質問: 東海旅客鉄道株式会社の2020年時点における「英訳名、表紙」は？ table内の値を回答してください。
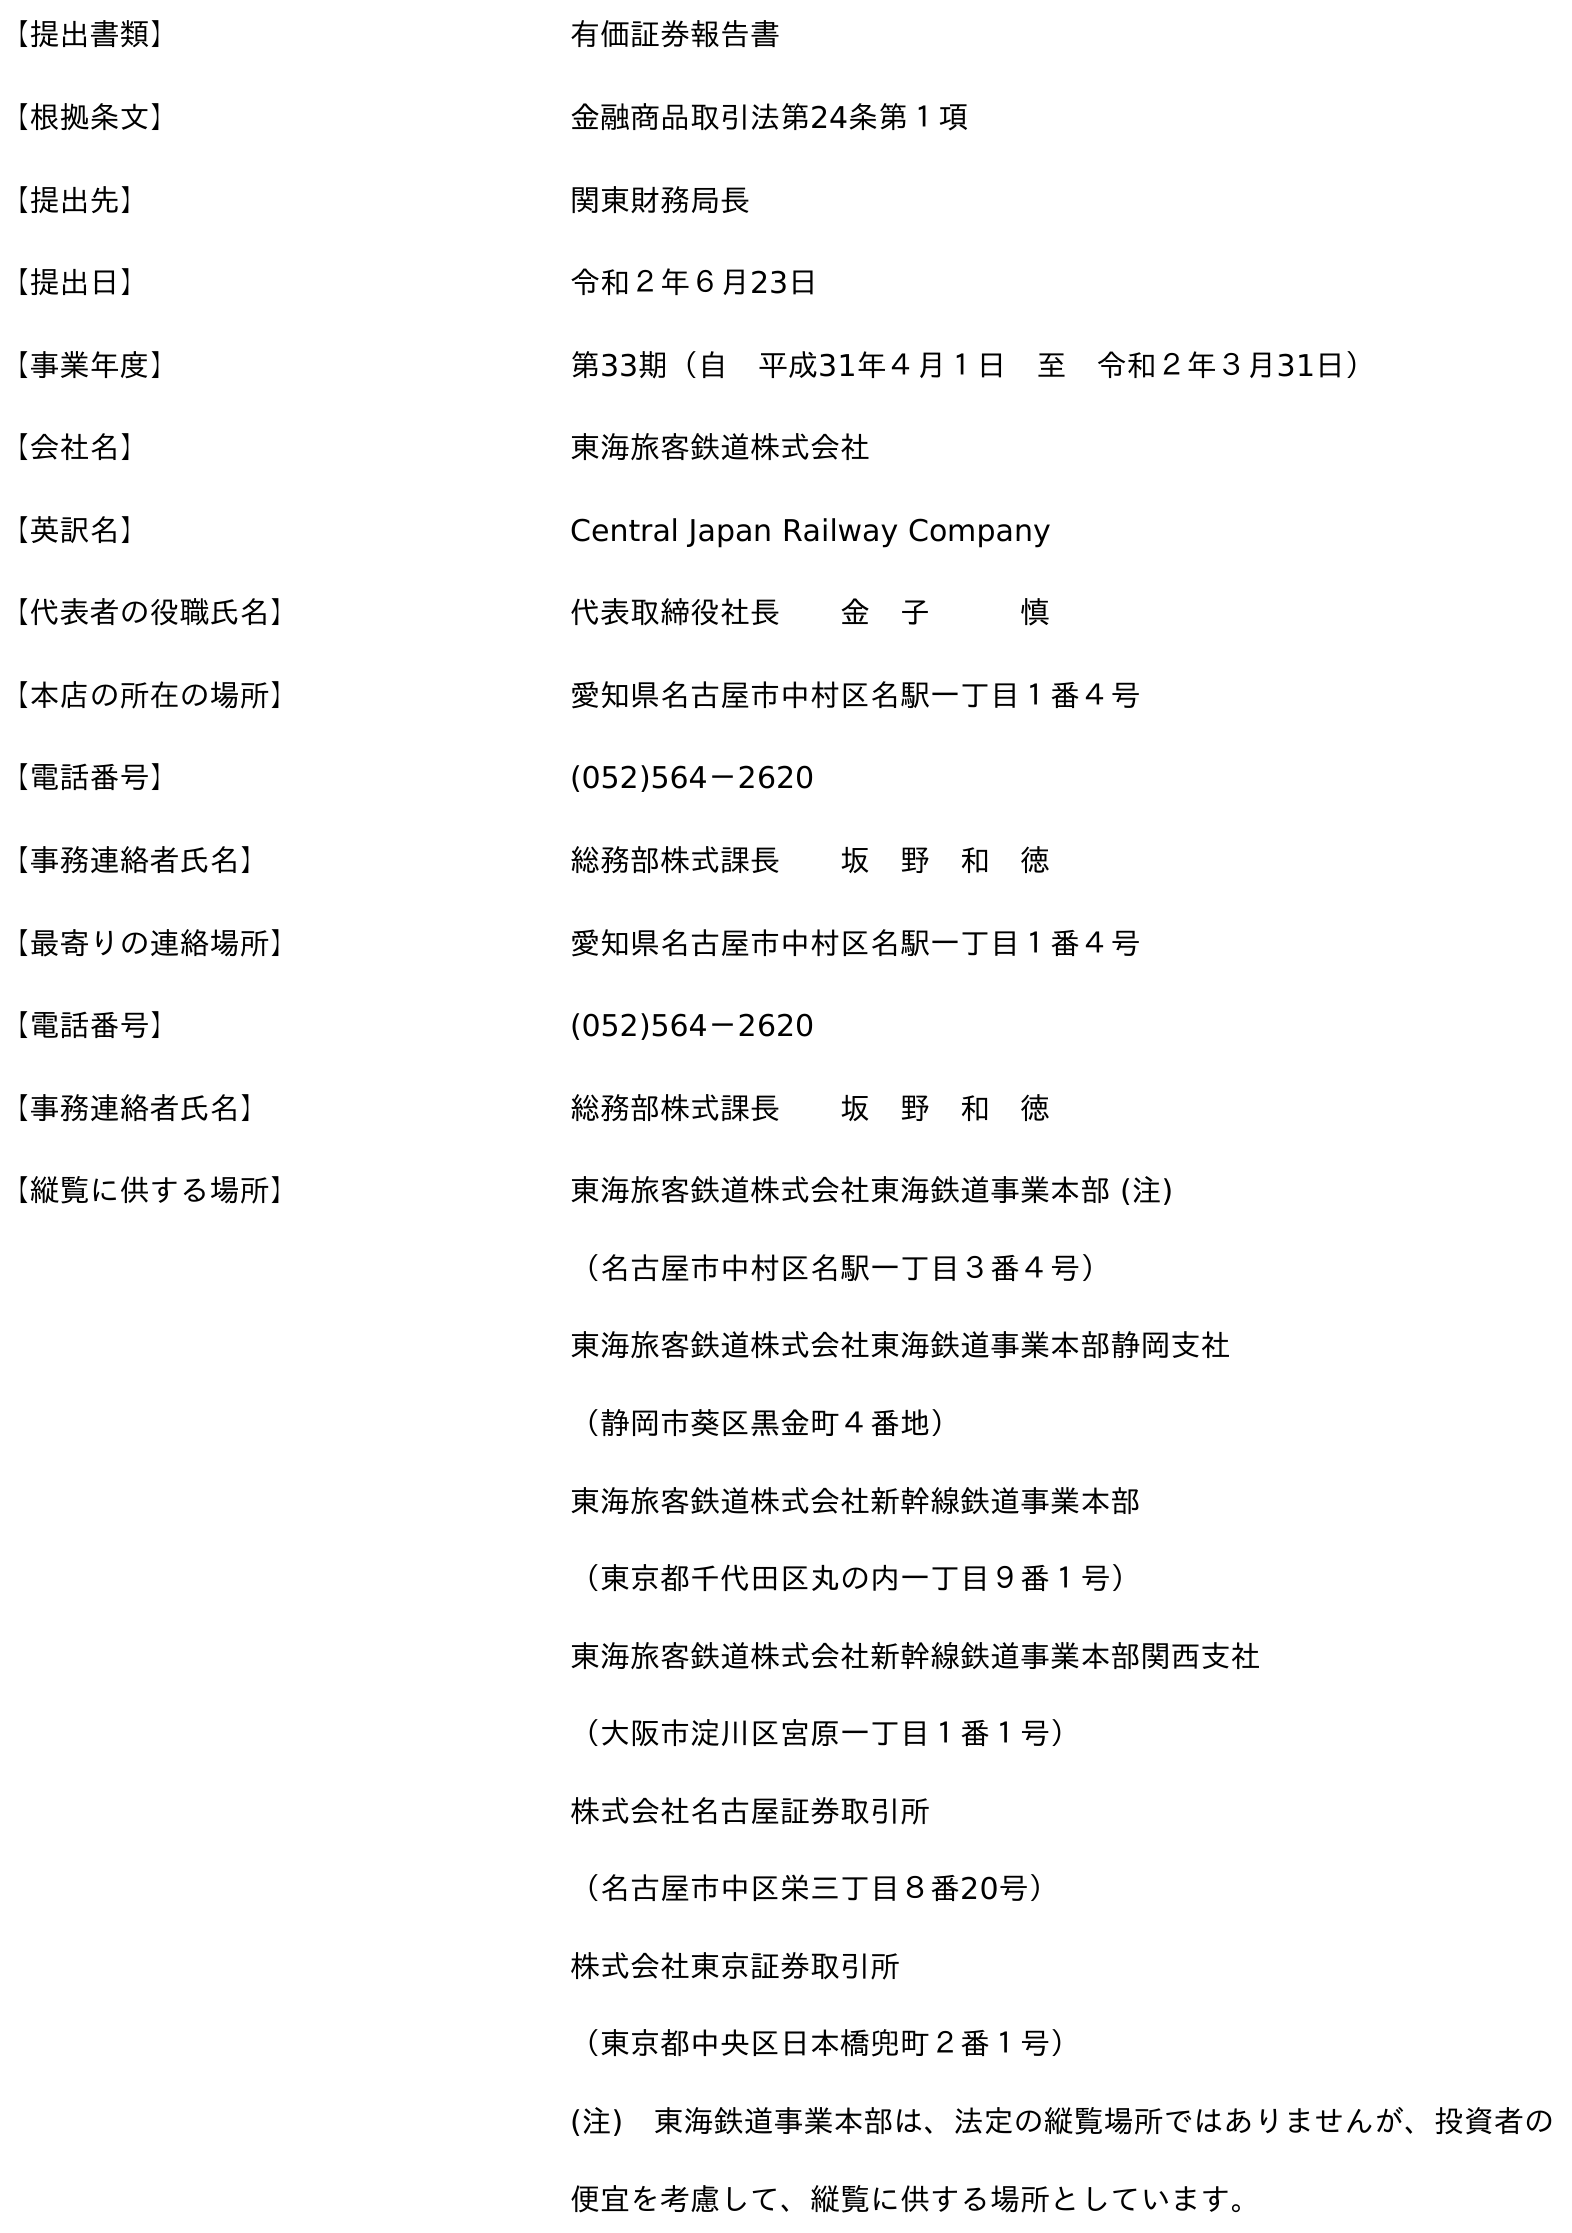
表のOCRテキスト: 【提出書類】 有価証券報告書 【根拠条文】 金融商品取引法第24条第１項 【提出先】 関東財務局長 【提出日】 令和２年６月23日 【事業年度】 第33期（自 平成31年４月１日 至 令和２年３月31日） 【会社名】 東海旅客鉄道株式会社 【英訳名】 Central Japan Railway Company 【代表者の役職氏名】 代表取締役社長  金 子   慎 【本店の所在の場所】 愛知県名古屋市中村区名駅一丁目１番４号 【電話番号】 (052)564－2620 【事務連絡者氏名】 総務部株式課長  坂 野 和 徳 【最寄りの連絡場所】 愛知県名古屋市中村区名駅一丁目１番４号 【電話番号】 (052)564－2620 【事務連絡者氏名】 総務部株式課長  坂 野 和 徳 【縦覧に供する場所】 東海旅客鉄道株式会社東海鉄道事業本部 (注) （名古屋市中村区名駅一丁目３番４号） 東海旅客鉄道株式会社東海鉄道事業本部静岡支社 （静岡市葵区黑金町４番地） 東海旅客鉄道株式会社新幹線鉄道事業本部 （東京都千代田区丸の内一丁目９番１号） 東海旅客鉄道株式会社新幹線鉄道事業本部関西支社 （大阪市淀川区宮原一丁目１番１号） 株式会社名古屋証券取引所 （名古屋市中区栄三丁目８番20号） 株式会社東京証券取引所 （東京都中央区日本橋兜町２番１号） (注) 東海鉄道事業本部は、法定の縦覧場所ではありませんが、投資者の 便宜を考慮して、縦覧に供する場所としています。
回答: Central Japan Railway Company